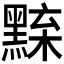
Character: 𪑘